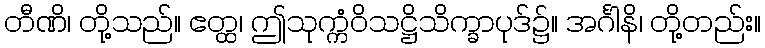
တီဏိ၊ တို့သည်။ ဧတ္ထ၊ ဤသုက္ကံဝိသဋ္ဌိသိက္ခာပုဒ်၌။ အင်္ဂါနိ၊ တို့တည်း။